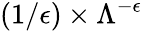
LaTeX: (1/\epsilon)\times\Lambda^{-\epsilon}